Lunatic asylums Madras 1892-1911 - 1892-1911
Year: 1892
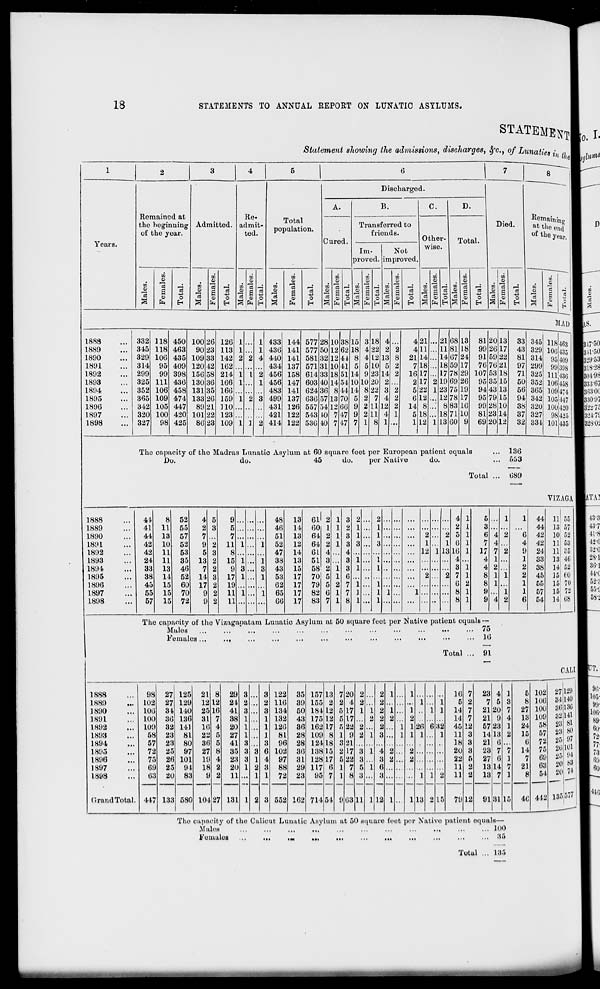
18
STATEMENTS TO ANNUAL REPORT ON LUNATIC ASYLUMS.
Years.
STATEMEuJ
Statement showing the admissions, discharges, 8fc, of Lunati
Remained at
the beginning
of the year.
CO
m
13
DO
O
o
Admitted.
m
o
Re
admit-
ted.
DC
u
oo on
<i) £ rt
a 0 o
Total
population.
03
CJ
13
U3
CD
o
H
Discharged.
A.
Cured.
B.
Transferred to
friends.
Im-
pi-oved.
Not
improved,
o
EH
c.
Other-
wise.
DO
o
CO
ci
CJ
Bl
p
CO
a» o
3 P=R EH
Total.
H
Died.
o
EH
o
Remaining
at t! >e end
of the yi;ar .
CO
oa
0)
~
o
ft
51 AD
1888
1889
1890
1891
1892
1893
1894
1895
1896
1897
1898
332
345
329
314
299
325
352
365
342
320
327
118
118
106
95
99
111
106
109
105
100
98
450
463
435
409
398
436
458
474
447
420
425
100
90
109
120
156
130
131
133
89
101
86
26
23
38
12
58
36
85
26
21
22
23
126
113
142
162
214
166
166
159
110
123
109
433
436
410
434
456
456
483
499
431
421
414
144
141
141
137
158
147
141
137
126
122
122
577
577
581
571
614
603
624
636
557
543
536
28
50
32
81
38
to
86
57
54
10
to
10 38
12 62
12 41
10 41
18 51
14 54
8 44
13 70
12 06
7 47
7 17
|
18
22
L2
L0
23
20
22
7
U
11
8
4
2
13
5
14
2
3
4
12
4
1
4
4
21
7
16
2
5
6
14
5
1
21
11
14
18
17
17
22
12
8
L8
12
21
11
14
18
17
1!)
23
12
8
18
13
68
81
67
59
78
89
75
78
83
71
60
13
18
24
17
29
26
19
17
L6
10
9
81
99
91
76
107
95
94
95
99
81
69
20
20
5!)
76
63
35
43
79
28
23
20
13
17
22
21
18
16
13
15
10
14
12
33
43
81
97
71
50
56
94
38
37
32
The capacity of the Madras Lunatio Asylum at 60 square feet per European patient equals
Do.
do.
45
do.
per Native
do.
Total
136
653
689
345
329
314
299
325
352
365
342
320
327
334
118
10(5
95
99
111
106
109
105
100
98
101
453
435
409
398
430
458
474
117
420
425
435
YIZAGA
1888
1889
1890
1891
1892
1893
1894
1895
1896
1897
1898
41
8 52
4 5
9
48 13 61 2 1 3 2
2
4 1
5
1
1 44 11 55
41 11 55
2 3
5
46 14 60 1 1 2 1
1
...
2 1
3
44 13 57
44 13 57
7
7
51 13 64 2 1 3 1
1
2
2 o 1
6 4 2
6 42 10 52
42 10 52
9 2 11 1
1 52 12 64 2 1 3 3
3
1
1 6 1
7 4
4 42 11 53
42
24
11
11
53
35
5
13
3
2
8
15 1
1
47
38
14
13
6L
51
4
3
... 4
3
... 12 1 13 16
4
1 17
4
7
1
2
9
1
24
33
11
13 4(j
1
1
33 13 46
7 2
9 3
3 43 15 58 2 1 3 1
1
3 1
4 2
2 38 14 52
38 14 52 14 3 17 1
1 53 17 70 5 1 6
2
2 7 1
8 1 1
2 45 15 60
45 15 60 17 2 19
62 17 79 5 2 7 1
1
6 2
8 1
1 55 15 70
55 15 70
9 2 11 1
1 65 17 82 6 1 7 1
1 1
1
8 1
9
1
1 57 15 72
57 15 72
9 2
11
06 17 83 7 1 8 1 ... 1
8 1
9 4 2
6 54 14 08
The capacity of the Vizaganatarn Lunatic Asylum at 50 square feet per Native patient equals —
Mules
...
...
...
...
...
...
...
...
...
...
.••
••• 75
Females...
...
...
...
...
...
•••
•••
•••
•••
•••
••• 16
Total
91
1888
98 27 125 21 8 29 3
3 122 35 157 13 7 20 2
2 1
1
16 7 23 4 1
5 102
1889
102 27 129 12 12 21 2
2 116 39 155 2 2 4 2
2
...
1
1
5 2
7 5 3
8 106
1890
106 31 140 25 16 41 3
3 131 50 181 12 5 17 1 1 2 1
1
1 1
14 7 21 20 7 27 100
1891
100 36 136 31 7 38 1
1 132 43 175 12 5 17
•> 2 2
2
14 7 21 9 4 13 109
1892
109 32 141
16 4 20 1
1 126 36 162 17 5 22 2
2
1 1 26 6 32 45 12 57 23 1 24 58
1893
58 23 81 22 5 27 1
1 81 28 109 8 1 9 2 1 3
1 1 1
1
11 3 14 13 2 15 57
1894
57 23 80 36 5 41 3
3 96 28 124 18 3 21
18 3
21 6
6 72
1895
72 '*o 97 27 8 35 3 3 6 102 36 138 15 2 17 3 1 4 2
2
20 3
23 7 7 14 75
1896
75 26 101 19 4 23 3 1 4 97 31 128 17 5 22 3
3 2
2
22 5 27 6 1
7 69
1897
1898
69
63
25
20
94
83
18
9
2
2
20
11
1 2
1
3
1
88
72
29
23
117
95
6
7
1
1
7
8
5
3
1 6
3
11
11
2
2
13
13
14
7
7
1
21
8
63
54
1 1 2
(IrandTotal. 417 133 580 104 27 131 1 2 3 55'^ 162 714 54 9 63 11 1 12 1
1 13 2 15 79 12 91 31 15 40 412
The cupneity of the Calicut Lunatic Asylum at 50 squaro feet nor Native patient equals—
.Mains
100
Females
,,,
in
i«
...
in
...
...
...
...
...
... 85
CAM
27
34
86
32
23
23
25
20
25
20
20
135
129
140
130
141
81
80
97
101
94
83
74
577
Totul ... 135